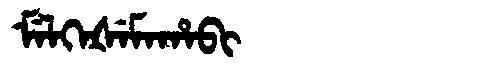
Manchu: ᠮᡝᠯᡴᡝᡧᡝᠮᠠᡥᠠᠪᡳ
Romanization: MELKEŠEMAHABI